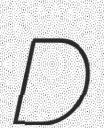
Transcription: D